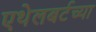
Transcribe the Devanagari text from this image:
एथेलबर्टच्या